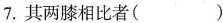
7.其两膝相比者（）